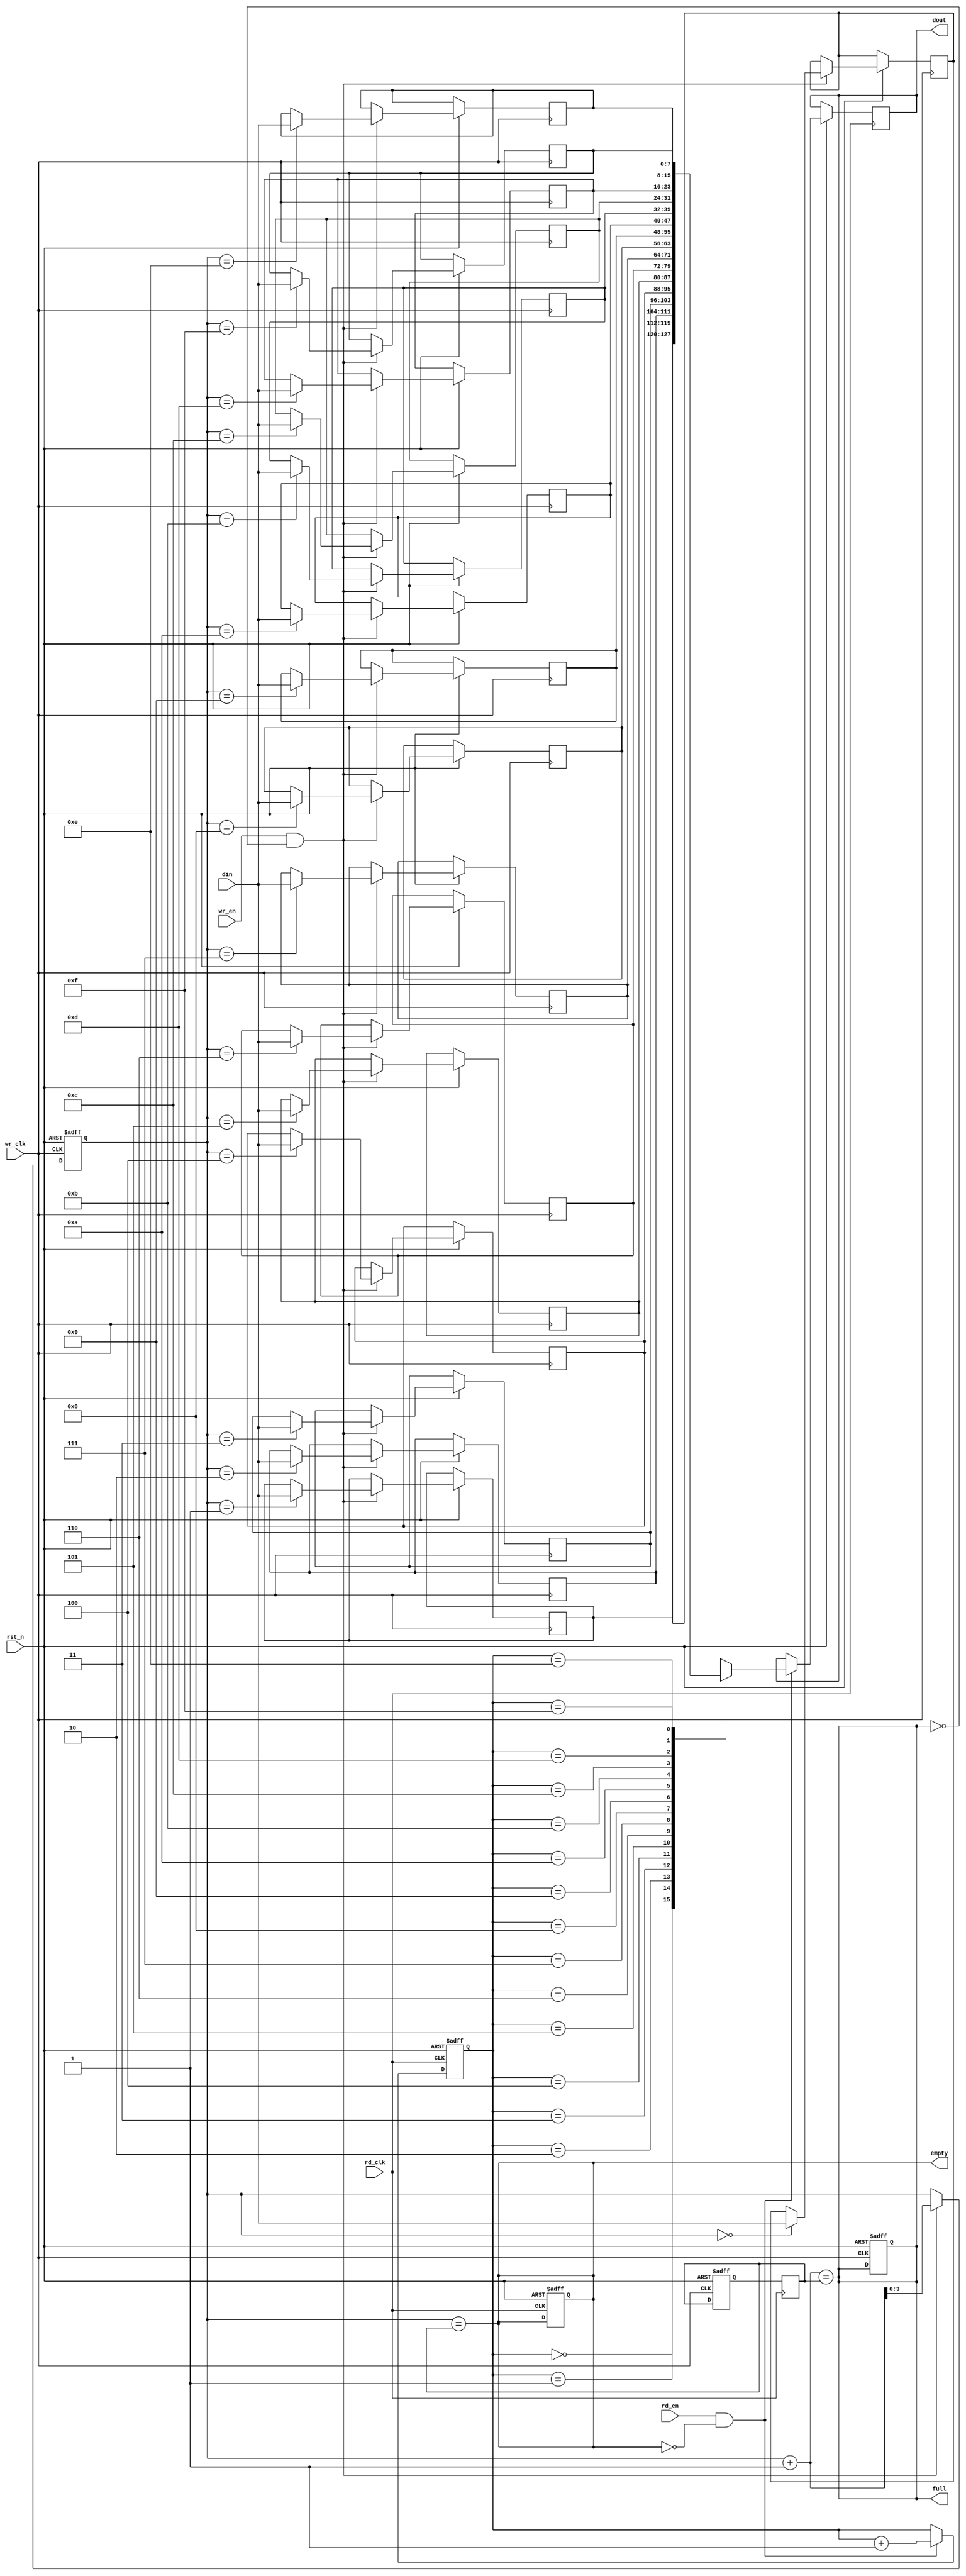
module async_fifo #(
    parameter DATA_WIDTH = 8,  // Width of the data
    parameter FIFO_DEPTH = 16   // Depth of the FIFO (must be a power of 2)
)(
    input wire wr_clk,           // Write clock
    input wire rd_clk,           // Read clock
    input wire rst_n,            // Active low reset
    input wire wr_en,            // Write enable
    input wire rd_en,            // Read enable
    input wire [DATA_WIDTH-1:0] din, // Data input
    output reg [DATA_WIDTH-1:0] dout, // Data output
    output reg full,             // FIFO full flag
    output reg empty             // FIFO empty flag
);

    // Memory array for FIFO
    reg [DATA_WIDTH-1:0] fifo_mem [0:FIFO_DEPTH-1];

    // Write and read pointers
    reg [clog2(FIFO_DEPTH)-1:0] wr_ptr, rd_ptr;
    reg [clog2(FIFO_DEPTH)-1:0] wr_ptr_sync, rd_ptr_sync;

    // Synchronization logic
    reg [clog2(FIFO_DEPTH)-1:0] rd_ptr_sync_reg;
    reg [clog2(FIFO_DEPTH)-1:0] wr_ptr_sync_reg;

    // Calculate the number of bits needed for the FIFO depth
    function integer clog2;
        input integer depth;
        begin
            clog2 = 0;
            while (2**clog2 < depth) begin
                clog2 = clog2 + 1;
            end
        end
    endfunction

    // Asynchronous reset
    always @(posedge wr_clk or negedge rst_n) begin
        if (!rst_n) begin
            wr_ptr <= 0;
            full <= 0;
        end else if (wr_en && !full) begin
            fifo_mem[wr_ptr] <= din;
            wr_ptr <= wr_ptr + 1;
        end
    end

    always @(posedge rd_clk or negedge rst_n) begin
        if (!rst_n) begin
            rd_ptr <= 0;
            empty <= 1;
        end else if (rd_en && !empty) begin
            dout <= fifo_mem[rd_ptr];
            rd_ptr <= rd_ptr + 1;
        end
    end

    // Full and empty flag logic
    always @(*) begin
        full = (wr_ptr + 1) == rd_ptr_sync;
        empty = (wr_ptr == rd_ptr_sync);
    end

    // Synchronize read pointer to write clock domain
    always @(posedge wr_clk or negedge rst_n) begin
        if (!rst_n) begin
            rd_ptr_sync_reg <= 0;
        end else begin
            rd_ptr_sync_reg <= rd_ptr_sync;
        end
    end

    // Synchronize write pointer to read clock domain
    always @(posedge rd_clk or negedge rst_n) begin
        if (!rst_n) begin
            wr_ptr_sync_reg <= 0;
        end else begin
            wr_ptr_sync_reg <= wr_ptr;
        end
    end

    // Assign synchronized pointers
    always @(posedge wr_clk) begin
        wr_ptr_sync <= wr_ptr_sync_reg;
    end

    always @(posedge rd_clk) begin
        rd_ptr_sync <= rd_ptr_sync_reg;
    end

endmodule